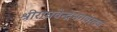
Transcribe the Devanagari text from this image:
श्रीराघवेन्द्रभगवंस्तव